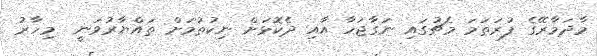
މާދަމާރޭގެ ފުރަތަމަ މެޗުގައި ނަގާޖަހާ އާއި ދެކޮޅަށް ނިކުތުމަށް ތައްޔާރުވަނީ  މިހާރު